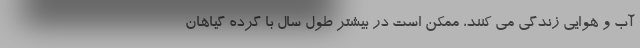
آب و هوایی زندگی می کنند، ممکن است در بیشتر طول سال با گرده گیاهان